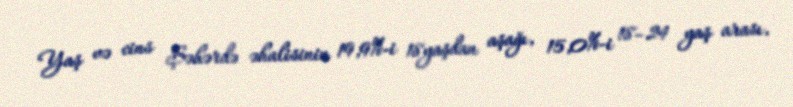
Yaş və cins Şəhərdə əhalisinin 19,9%-i 18yaşdan aşağı, 15,0%-i 18–24 yaş arası,